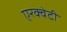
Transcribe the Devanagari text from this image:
एरक्वेटी